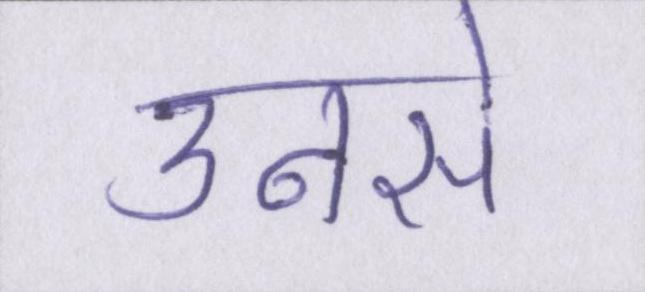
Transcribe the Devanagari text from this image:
उनसे